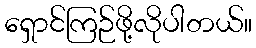
ရှောင်ကြဉ်ဖို့လိုပါတယ်။